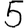
Digit: 5